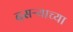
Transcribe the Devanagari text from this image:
दसऱ्‍याच्या